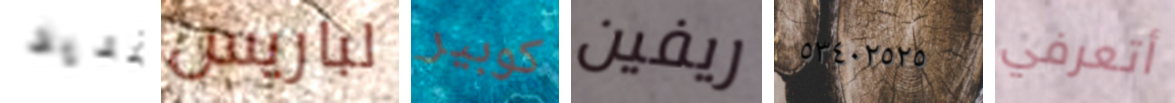
تمديد لباريس كوبير ريفين ٥٣٤٠٢٥٢٥ أتعرفي